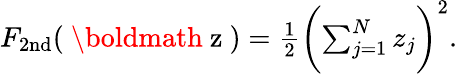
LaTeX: \begin{array}{r}{F_{\mathrm{2nd}}(\mathrm{~\boldmath~z~})=\frac{1}{2}\biggl(\sum_{j=1}^{N}z_{j}\biggr)^{2}.}\end{array}